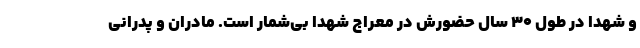
و شهدا در طول ۳۰ سال حضورش در معراج شهدا بی‌شمار است. مادران و پدرانی